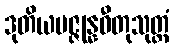
ဒုတိယပဇ္ဇုန္နဓီတုသုတ္တံ